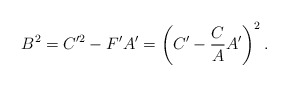
\begin{align*}B^2 =C'^2-F'A'=\left(C'-\frac{C}{A}A' \right)^2.\end{align*}